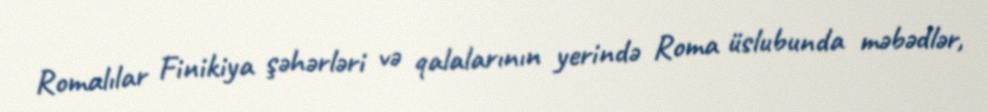
Romalılar Finikiya şəhərləri və qalalarının yerində Roma üslubunda məbədlər,